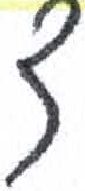
אות: צ